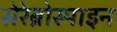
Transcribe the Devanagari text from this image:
सेरेब्रोस्पाइन